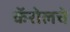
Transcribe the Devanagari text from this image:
कॅरोलचे